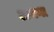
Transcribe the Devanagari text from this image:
अमना